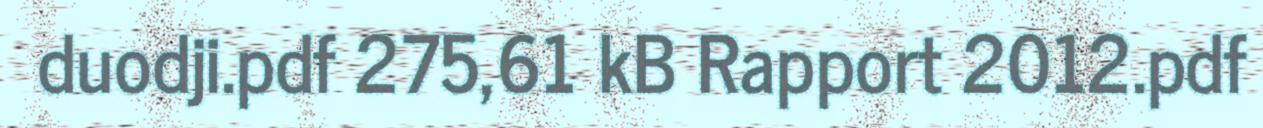
duodji.pdf 275,61 kB Rapport 2012.pdf